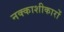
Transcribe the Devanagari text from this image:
नक्काशीकारों